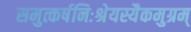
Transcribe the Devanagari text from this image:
समुत्कर्षनिःश्रेयस्यैकमुग्रम्‌